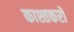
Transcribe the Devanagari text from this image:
काश्तकरों